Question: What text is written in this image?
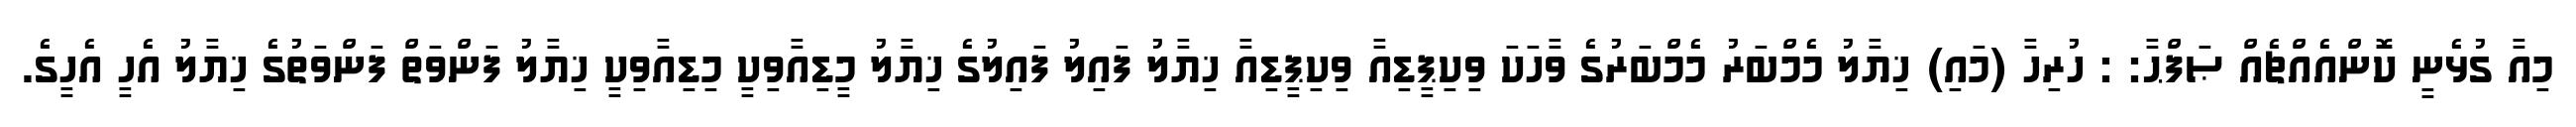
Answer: މިއާ ގުޅެނީ ކޮންއެއްޗެއް ޞަފްޙާ: : ހުރިހާ (މައި) ޚިޔާލު މެމްބަރު މެމްބަރުގެ ވާހަކަ ވިކިޕީޑިއާ ވިކިޕީޑިއާ ޚިޔާލު ފައިލު ފައިލުގެ ޚިޔާލު މީޑިއާވިކީ މިޑިއާވިކީ ޚިޔާލު ފަންވަތް ފަންވަތުގެ ޚިޔާލު އެހީ އެހީގެ.